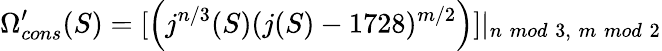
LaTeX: \Omega_{cons}^{\prime}(S)=[\left(j^{n/3}(S)(j(S)-1728)^{m/2}\right)]|_{n\; mod\; 3,\; m\; mod\; 2}